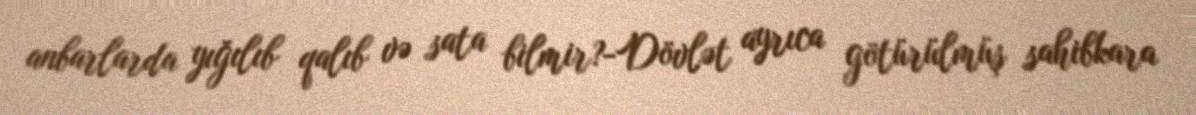
anbarlarda yığılıb qalıb və sata bilmir?-Dövlət ayrıca götürülmüş sahibkara